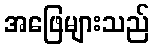
အဖြေများသည်